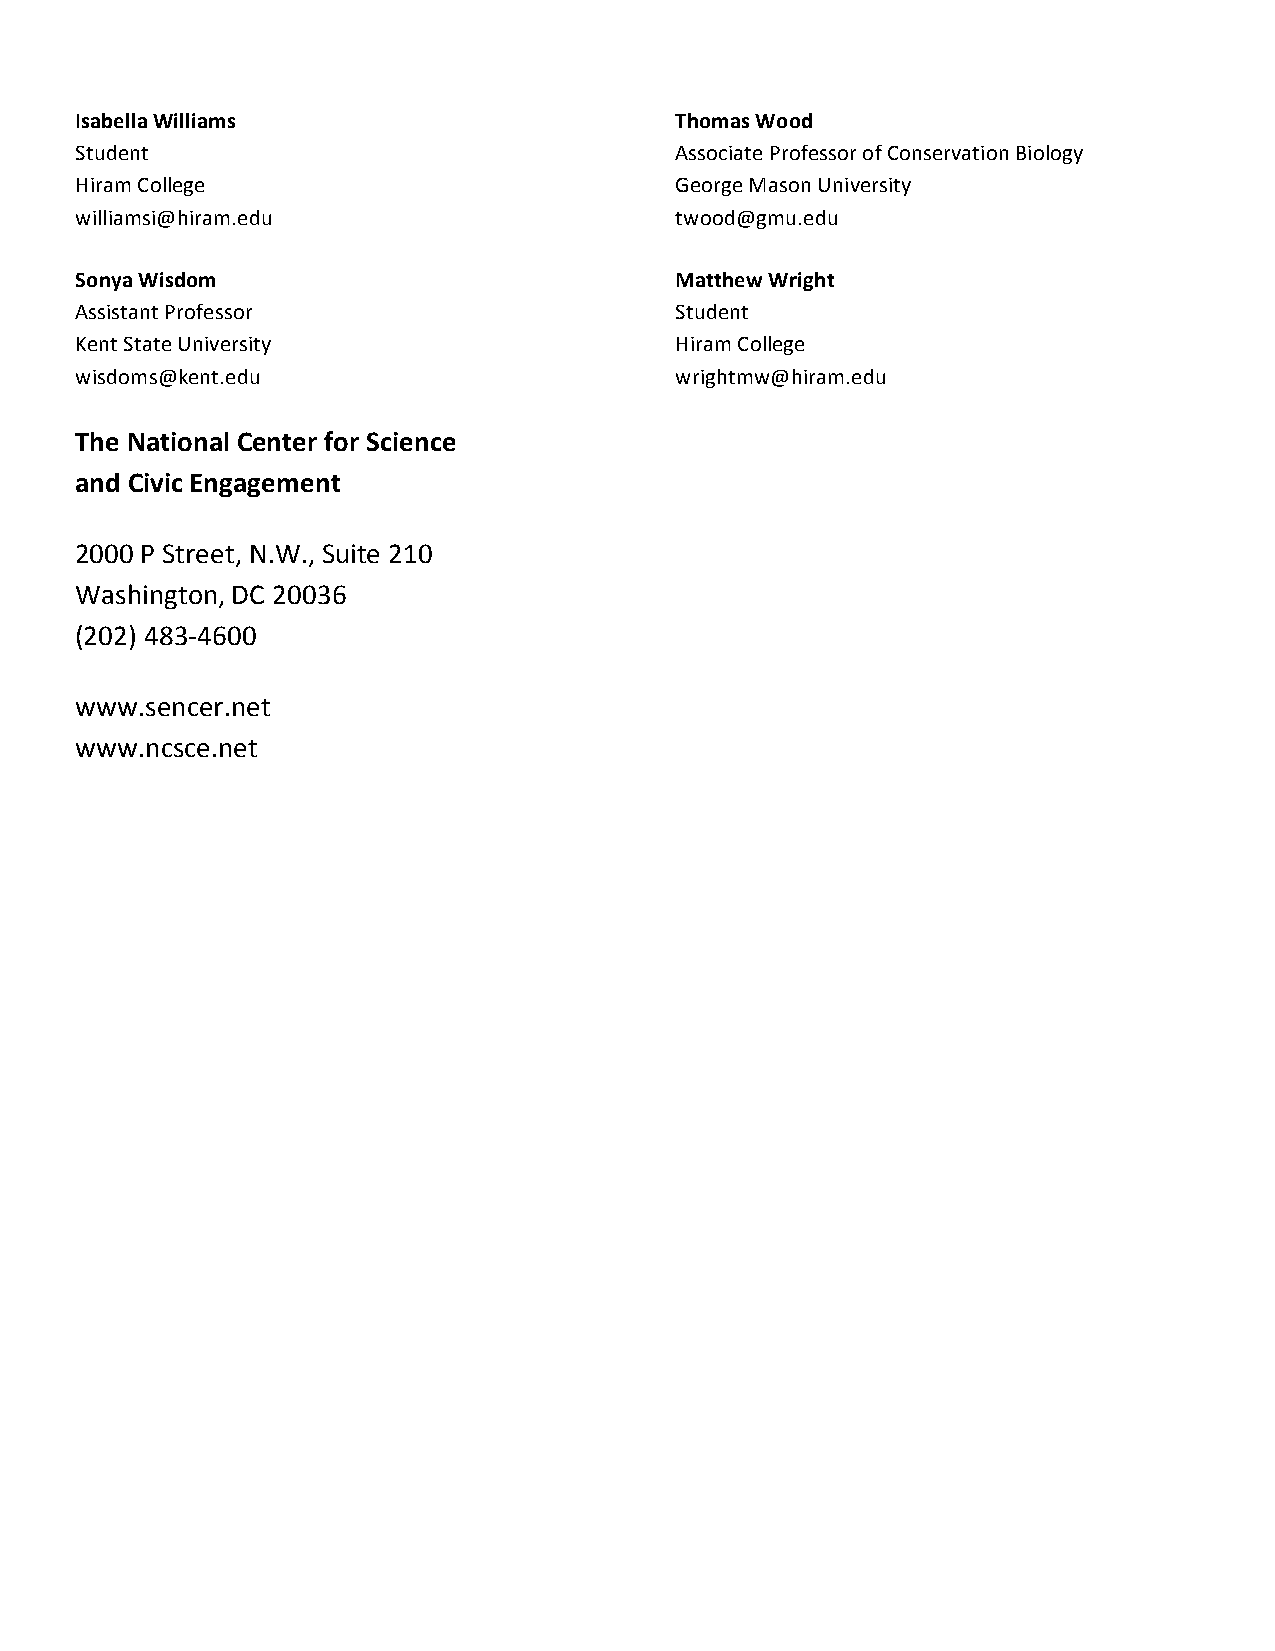
$                                       $
 Isabella*Williams                       Thomas*Wood
 Student                                 Associate$Professor$of$Conservation$Biology
 Hiram$College                           George$Mason$University
 williamsi@hiram.edu                     twood@gmu.edu
 $                                       $
 Sonya*Wisdom                            Matthew*Wright
 Assistant$Professor                     Student
 Kent$State$University                   Hiram$College
 wisdoms@kent.edu                        wrightmw@hiram.edu
 $$   $    $    $    $    $
 The*National*Center*for*Science
 and*Civic*Engagement* $  $    $
 2000$P$Street,$N.W.,$Suite$210
 Washington,$DC$20036
 (202)$48364600
 $    $    $    $    $
 www.sencer.net
 www.ncsce.net$
 $    $